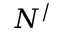
N ^ { / }